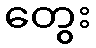
တွေး